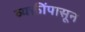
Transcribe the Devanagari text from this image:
व्यक्तींपासून